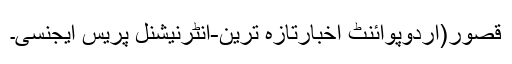
قصور(اردوپوائنٹ اخبارتازہ ترین-انٹرنیشنل پریس ایجنسی۔